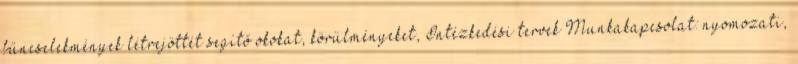
bűncselekmények létrejöttét segítő okokat, körülményeket, Intézkedési tervek Munkakapcsolat: nyomozati,